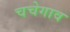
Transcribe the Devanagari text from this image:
चचेगाव